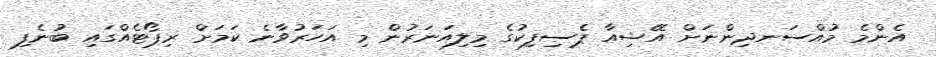
އެންމެ މުއްސަނދިންނަށް އޭޝިއާ ޕެސިފިކުގެ މިލިއަނަރުން މި އަހަރުވާނެ ކަމަށް ރިޕޯޓެއްގައި ބުނެފި